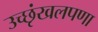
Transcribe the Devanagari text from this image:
उच्छृंखलपणा